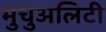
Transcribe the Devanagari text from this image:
मुचुअलिटी